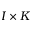
I \times K